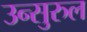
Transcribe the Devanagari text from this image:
उन्सुरुल